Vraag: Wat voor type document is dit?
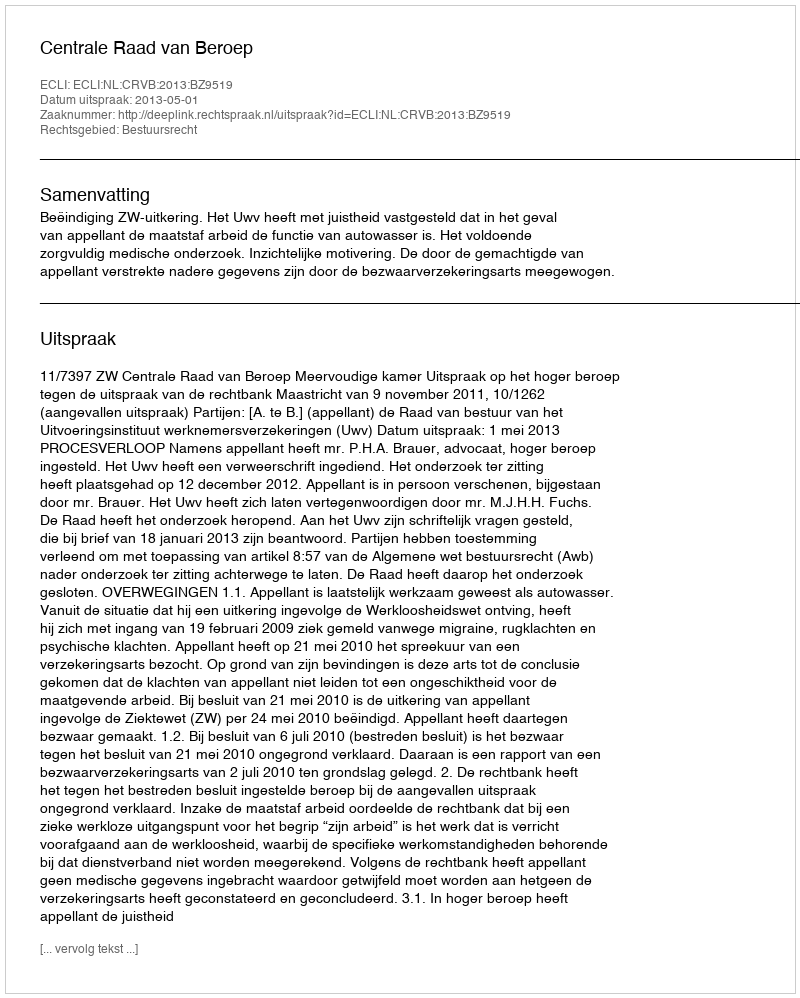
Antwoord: Uitspraak